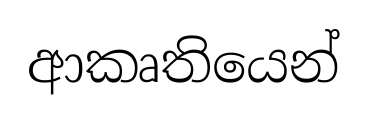
ආකෘතියෙන්